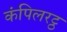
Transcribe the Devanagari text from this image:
कंपिलरट्ठ